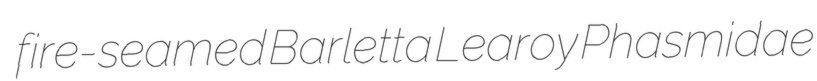
fire-seamed Barletta Learoy Phasmidae